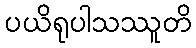
ပယိရုပါသဿူတိ